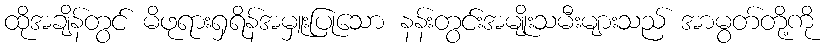
ထိုအချိန်တွင် မိဖုရားရှရိန်အမှူးပြုသော နန်းတွင်းအမျိုးသမီးများသည် အာမွတ်တို့ကို